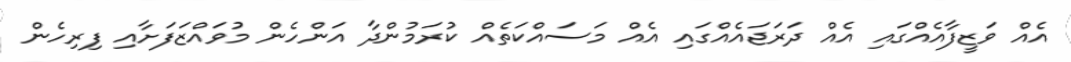
އެއް ވަޒީފާއެއްގައި އެއް ދަރަޖައެއްގައި އެއް މަސައްކަތެއް ކުރަމުންދާ އަންހެން މުވައްޒަފަށާއި ފިރިހެން